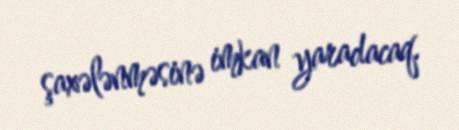
şaxələnməsinə imkan yaradacaq.